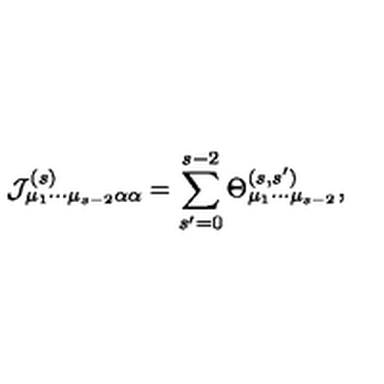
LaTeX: { \cal J } _ { \mu _ { 1 } \cdots \mu _ { s - 2 } \alpha \alpha } ^ { ( s ) } = \sum _ { s ^ { \prime } = 0 } ^ { s - 2 } \Theta _ { \mu _ { 1 } \cdots \mu _ { s - 2 } } ^ { ( s , s ^ { \prime } ) } ,